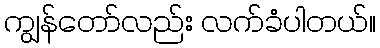
ကျွန်တော်လည်း လက်ခံပါတယ်။